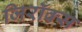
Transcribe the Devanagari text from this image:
जिरॉक्स